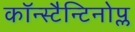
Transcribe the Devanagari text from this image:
कॉन्स्टैन्टिनोप्ल